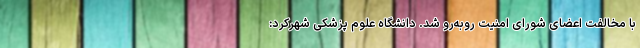
با مخالفت اعضای شورای امنیت روبه‌رو شد. دانشگاه علوم ‌پزشکی شهرکرد: